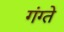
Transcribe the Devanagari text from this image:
गंग्ते